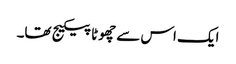
ایک اس سے چھوٹا پیکیج تھا۔